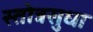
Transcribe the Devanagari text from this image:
स्तोत्रसुधा